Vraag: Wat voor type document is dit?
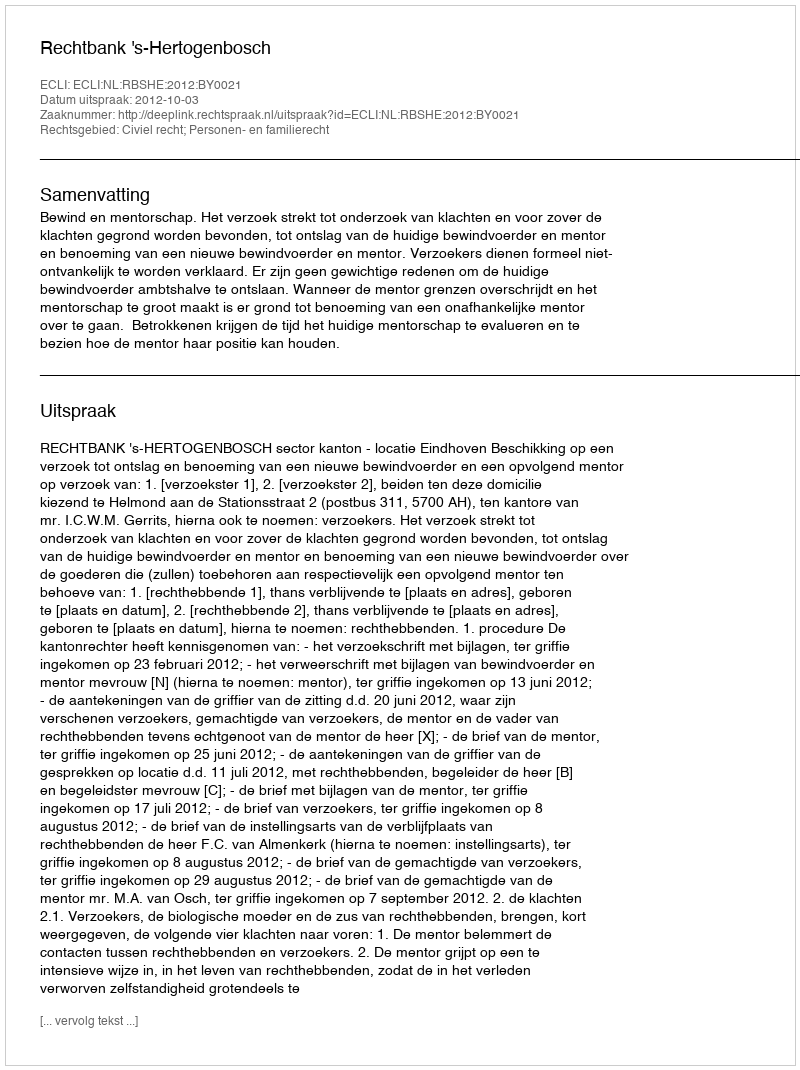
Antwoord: Uitspraak